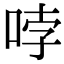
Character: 哱